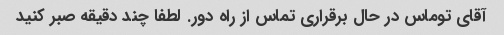
آقای توماس در حال برقراری تماس از راه دور. لطفا چند دقیقه صبر کنید